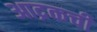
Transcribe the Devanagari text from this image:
आद्रकची